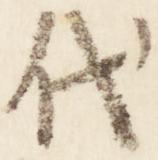
代